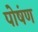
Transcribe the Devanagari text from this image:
पोषंण